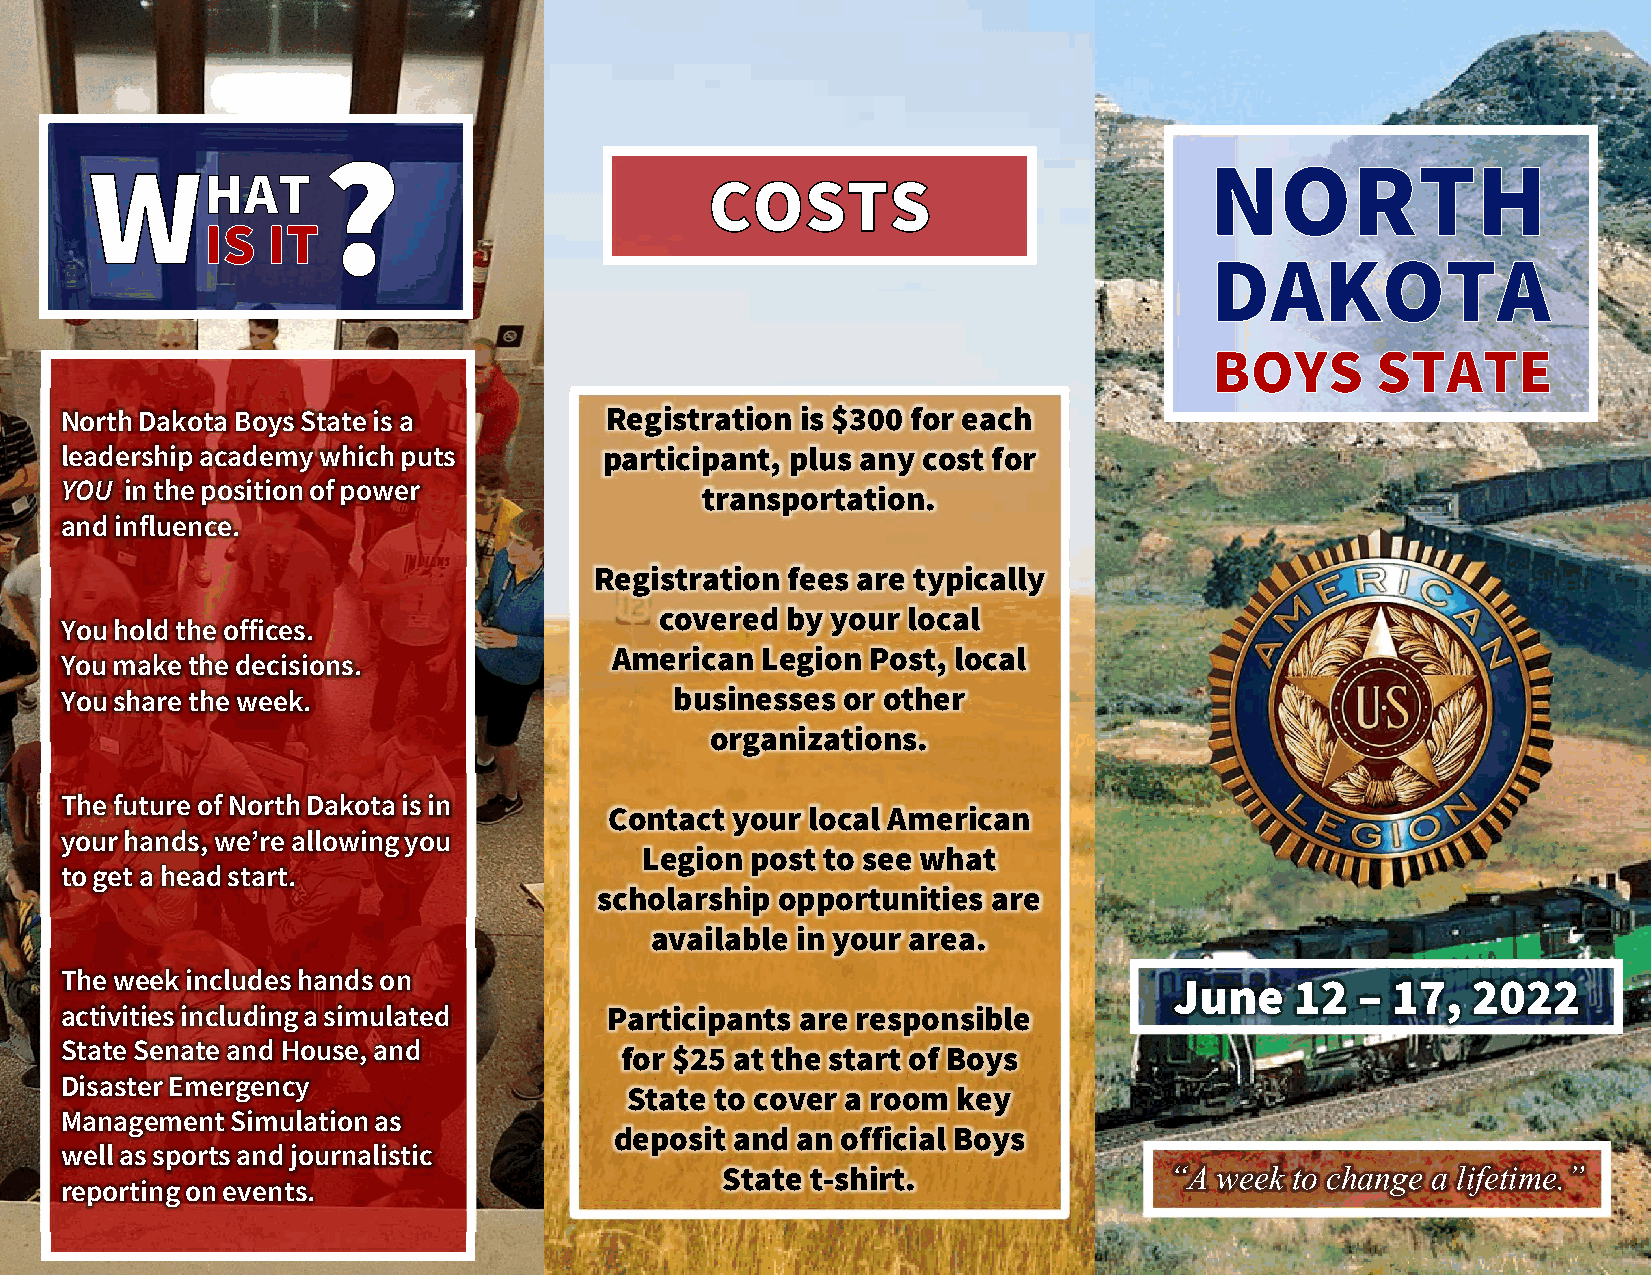
North Dakota Boys State is a        Registration is $300 for each
 leadership academy which puts       participant, plus any cost for
 YOU in the position of power
 transportation.
 and influence.
 Registration fees are typically
 covered by your local
 You hold the offices.
 American Legion  Post, local
 You make the decisions.
 You share the week.                      businesses or other
 organizations.
 The future of North Dakota is in
 Contact your  local American
 your hands, we’re allowing you
 Legion post to see what
 to get a head start.
 scholarship opportunities are
 available in your area.
 The week includes hands on
 June    12  – 17,  2022
 activities including a simulated    Participants are responsible
 State Senate and House, and
 for $25 at the start of Boys
 Disaster Emergency
 State to cover a room key
 Management Simulation as
 deposit and an official Boys
 well as sports and journalistic
 State t-shirt.               “A  week to change a lifetime.”
 reporting on events.